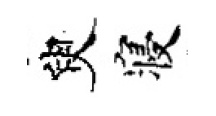
臾寝